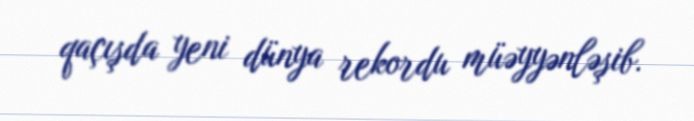
qaçışda yeni dünya rekordu müəyyənləşib.